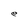
Character: e